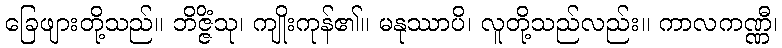
ခြေဖျားတို့သည်။ ဘိဇ္ဇိံသု၊ ကျိုးကုန်၏။ မနုဿာပိ၊ လူတို့သည်လည်း။ ကာလကဏ္ဏီ၊